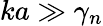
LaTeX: ka\gg\gamma_{n}